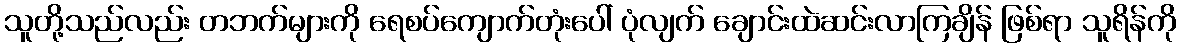
သူတို့သည်လည်း တဘက်များကို ရေစပ်ကျောက်တုံးပေါ် ပုံလျက် ချောင်းထဲဆင်းလာကြချိန် ဖြစ်ရာ သူရိန်ကို